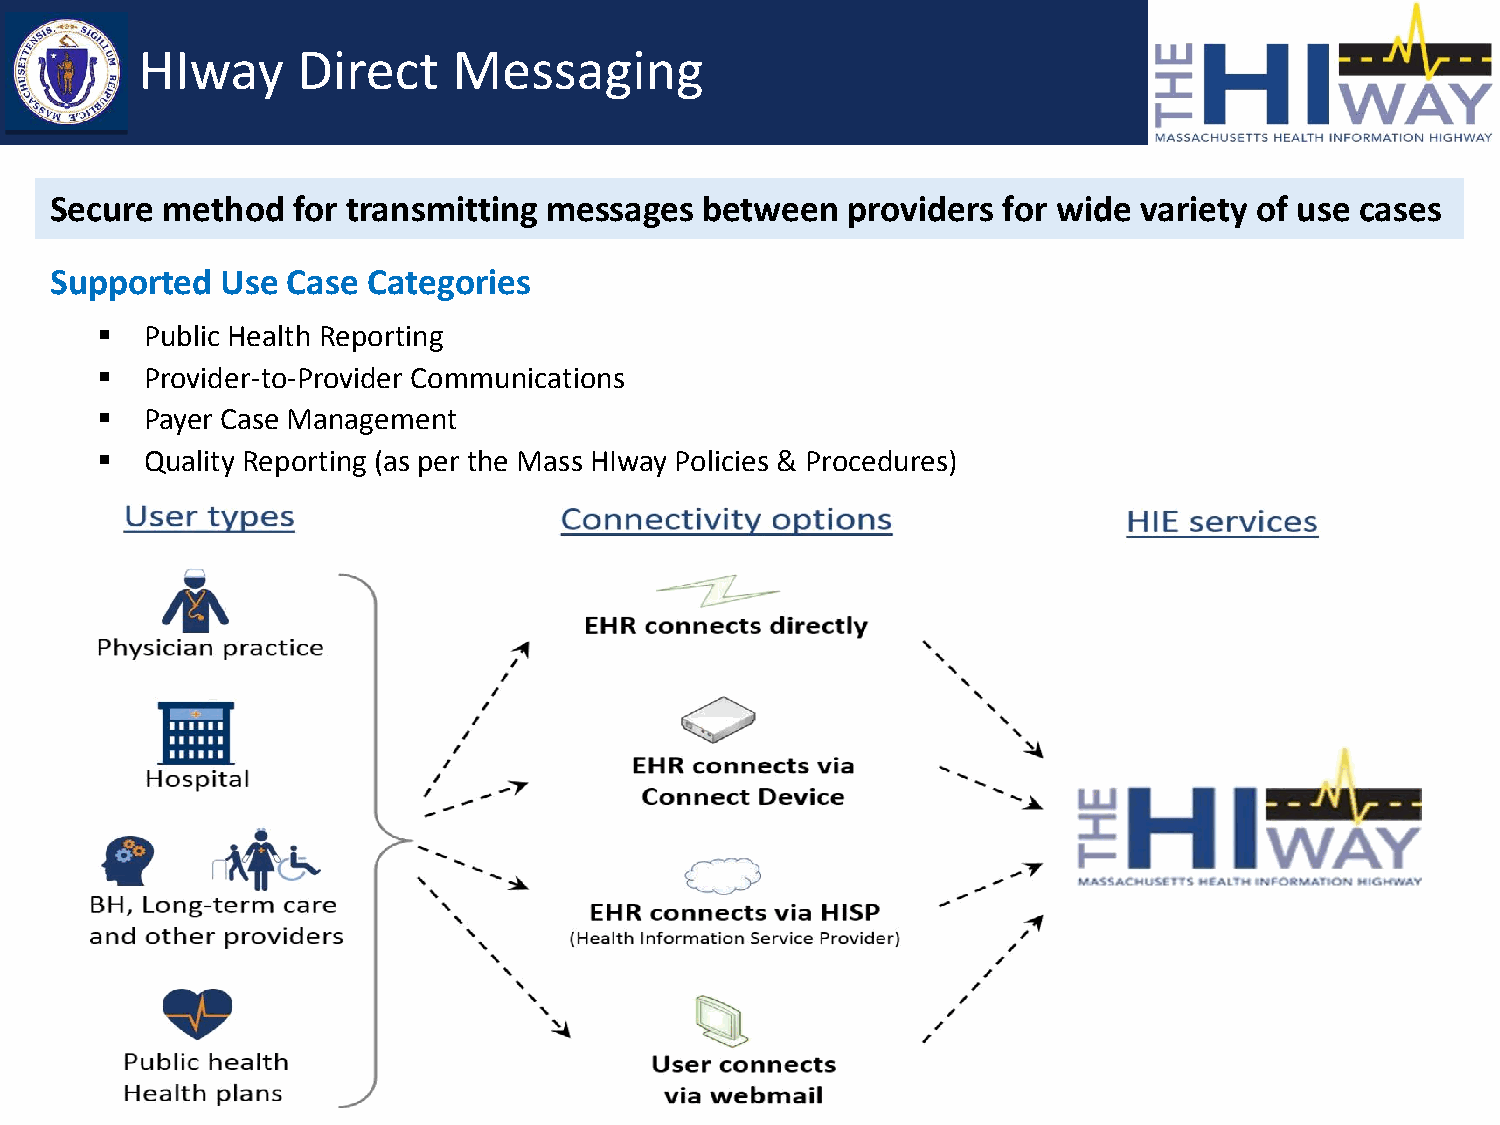
HIway      Direct    Messaging
 Secure  method  for transmitting messages   between  providers for wide variety of use cases
 Supported   Use Case Categories
    Public Health Reporting
    Provider-to-Provider Communications
    Payer Case Management
    Quality Reporting (as per the Mass HIway Policies & Procedures)